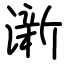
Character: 澵